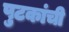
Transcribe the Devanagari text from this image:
पुटकांची